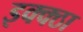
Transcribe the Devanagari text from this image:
इक्क्ठा